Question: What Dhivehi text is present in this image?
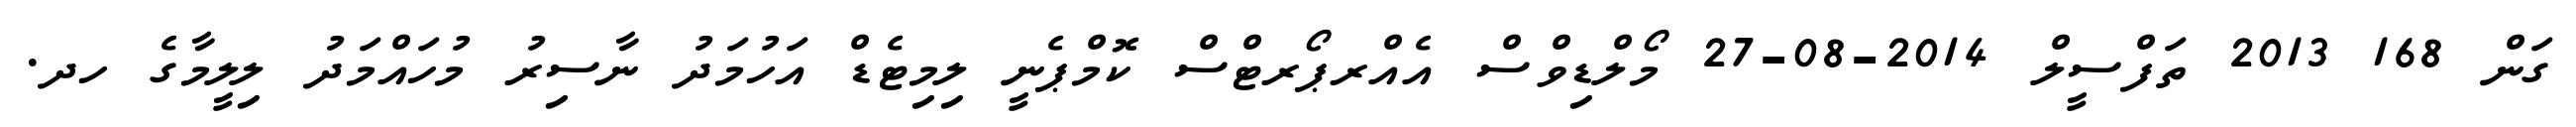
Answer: ގަން 168 2013 ތަފްސީލް 2014-08-27 މޯލްޑިވްސް އެއްރޕޯރޓްސް ކޮމްޕެނީ ލިމިޓެޑް އަހުމަދު ނާސިރު މުހައްމަދު ލިލީމާގެ ހދ.